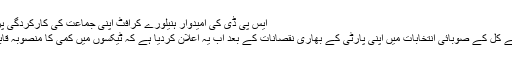
ایس پی ڈی کی امیدوار ہنیلورے کرافٹ اپنی جماعت کی کارکردگی پر بہت خوش ہیں
چانسلر ميرکل نے کل کے صوبائی انتخابات ميں اپنی پارٹی کے بھاری نقصانات کے بعد اب يہ اعلان کرديا ہے کہ ٹيکسوں ميں کمی کا منصوبہ قابل عمل نہيں رہا۔